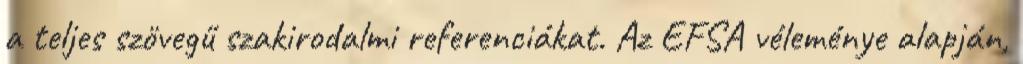
a teljes szövegű szakirodalmi referenciákat. Az EFSA véleménye alapján,